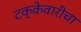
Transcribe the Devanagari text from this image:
टक्केवारीचा